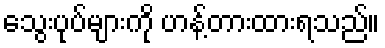
သွေးပုပ်များကို ဟန့်တားထားရသည်။